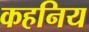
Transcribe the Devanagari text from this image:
कहनिय